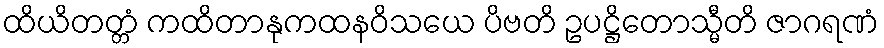
ထိယိတတ္တံ ကထိတာနုကထနဝိသယေ ပိဗတိ ဥပဋ္ဌိတောသ္မီတိ ဇာဂရဏံ